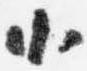
小